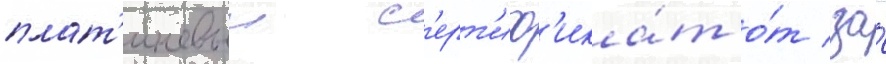
плат'иновыи с'ерт'иф'ика́т о́т за́